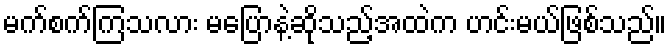
မက်စက်ကြသလား မပြောနဲ့ဆိုသည့်အထဲက ဟင်းမယ်ဖြစ်သည်။